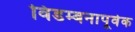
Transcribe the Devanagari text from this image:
विडम्बनापूर्वक